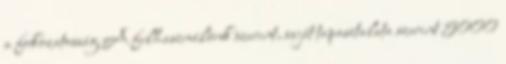
a fokozatosság A felhasználónk szerint, saját tapasztalata szerint 5000